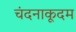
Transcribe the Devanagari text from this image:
चंदनाकूदम